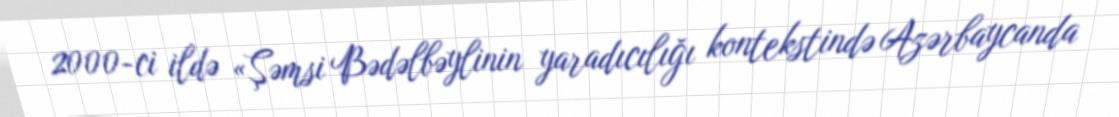
2000-ci ildə «Şəmsi Bədəlbəylinin yaradıcılığı kontekstində Azərbaycanda